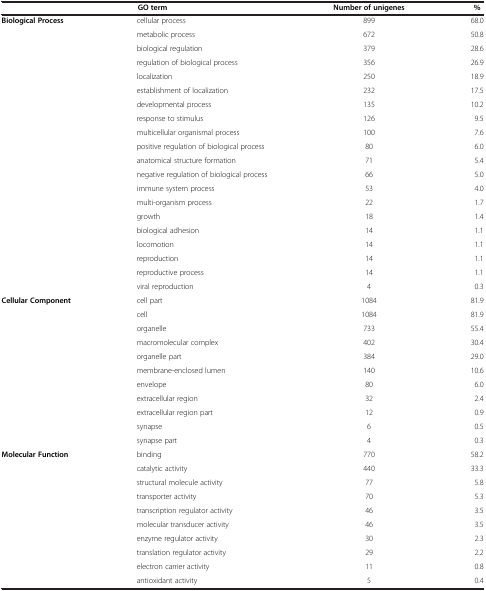
|  | GO term | Number of unigenes | % |
 | --- | --- | --- | --- |
 | Biological Process | cellular process | 899 | 68.0 |
 |  | metabolic process | 672 | 50.8 |
 |  | biological regulation | 379 | 28.6 |
 |  | regulation of biological process | 356 | 26.9 |
 |  | localization | 250 | 18.9 |
 |  | establishment of localization | 232 | 17.5 |
 |  | developmental process | 135 | 10.2 |
 |  | response to stimulus | 126 | 9.5 |
 |  | multicellular organismal process | 100 | 7.6 |
 |  | positive regulation of biological process | 80 | 6.0 |
 |  | anatomical structure formation | 71 | 5.4 |
 |  | negative regulation of biological process | 66 | 5.0 |
 |  | immune system process | 53 | 4.0 |
 |  | multi-organism process | 22 | 1.7 |
 |  | growth | 18 | 1.4 |
 |  | biological adhesion | 14 | 1.1 |
 |  | locomotion | 14 | 1.1 |
 |  | reproduction | 14 | 1.1 |
 |  | reproductive process | 14 | 1.1 |
 |  | viral reproduction | 4 | 0.3 |
 | Cellular Component | cell part | 1084 | 81.9 |
 |  | cell | 1084 | 81.9 |
 |  | organelle | 733 | 55.4 |
 |  | macromolecular complex | 402 | 30.4 |
 |  | organelle part | 384 | 29.0 |
 |  | membrane-enclosed lumen | 140 | 10.6 |
 |  | envelope | 80 | 6.0 |
 |  | extracellular region | 32 | 2.4 |
 |  | extracellular region part | 12 | 0.9 |
 |  | synapse | 6 | 0.5 |
 |  | synapse part | 4 | 0.3 |
 | Molecular Function | binding | 770 | 58.2 |
 |  | catalytic activity | 440 | 33.3 |
 |  | structural molecule activity | 77 | 5.8 |
 |  | transporter activity | 70 | 5.3 |
 |  | transcription regulator activity | 46 | 3.5 |
 |  | molecular transducer activity | 46 | 3.5 |
 |  | enzyme regulator activity | 30 | 2.3 |
 |  | translation regulator activity | 29 | 2.2 |
 |  | electron carrier activity | 11 | 0.8 |
 |  | antioxidant activity | 5 | 0.4 |